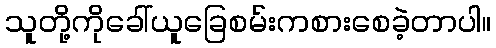
သူတို့ကိုခေါ်ယူခြေစမ်းကစားစေခဲ့တာပါ။